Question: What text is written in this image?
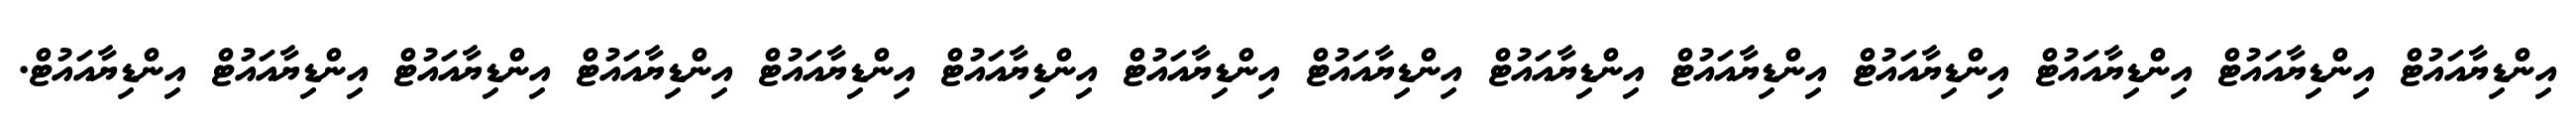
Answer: އިންޑިޔާއައުޓް އިންޑިޔާއައުޓް އިންޑިޔާއައުޓް އިންޑިޔާއައުޓް އިންޑިޔާއައުޓް އިންޑިޔާއައުޓް އިންޑިޔާއައުޓް އިންޑިޔާއައުޓް އިންޑިޔާއައުޓް އިންޑިޔާއައުޓް އިންޑިޔާއައުޓް އިންޑިޔާއައުޓް އިންޑިޔާއައުޓް އިންޑިޔާއައުޓް.